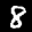
Label: 8